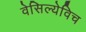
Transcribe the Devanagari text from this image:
वेसिल्येविच